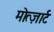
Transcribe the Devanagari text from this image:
मोत्ज़ार्ट